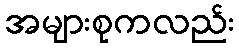
အများစုကလည်း